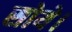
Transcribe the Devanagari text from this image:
सोये।